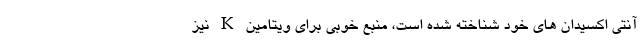
آنتی اکسیدان های خود شناخته شده است، منبع خوبی برای ویتامین K نیز